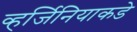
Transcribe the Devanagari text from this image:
व्हर्जिनियाकडे